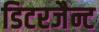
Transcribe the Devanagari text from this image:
डिटरजैन्ट